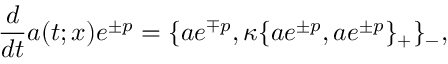
\frac { d } { d t } a ( t ; x ) e ^ { \pm p } = \{ a e ^ { \mp p } , \kappa \{ a e ^ { \pm p } , a e ^ { \pm p } \} _ { + } \} _ { - } ,